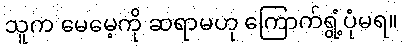
သူက မေမေ့ကို ဆရာမဟု ကြောက်ရွံ့ပုံမရ။